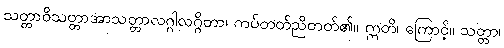
သတ္တာဝိသတ္တာအာသတ္တာလဂ္ဂါလဂ္ဂိတာ၊ ကပ်တတ်ညိတတ်၏။ ဣတိ၊ ကြောင့်။ သတ္တာ၊